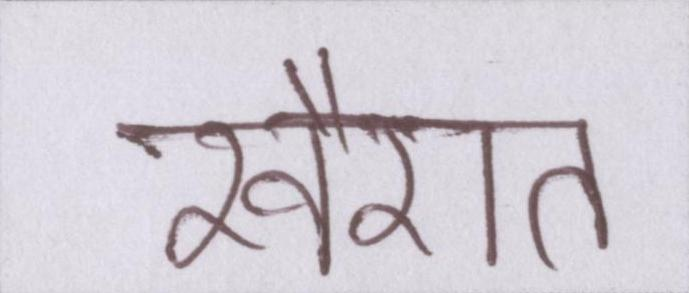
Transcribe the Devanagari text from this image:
खैरात